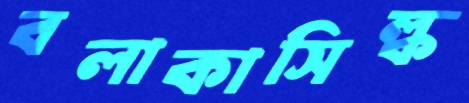
বলাকাসিল্ক